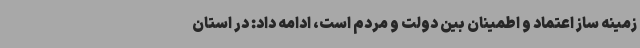
زمینه ساز اعتماد و اطمینان بین دولت و مردم است، ادامه داد: در استان